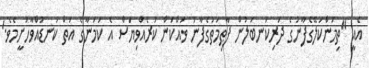
އެއީ ''ތިމަންކަލޭގެފާނުގެ ދަރިކަނބަލުން ފާޠިމަތުގެފާނު ވައްކަން ކުރެއްވިޔަސް އެ ކަމަނާގެ އަތް ކަނޑުއްވާހުށީމެވެ.'